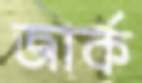
জার্ক